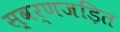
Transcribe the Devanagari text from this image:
स्‍वर्णजड़ित